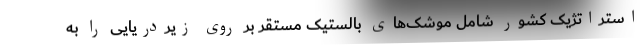
استراتژیک کشور شامل موشک‌های بالستیک مستقر بر روی زیردریایی را به